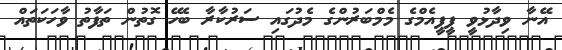
އޭނާ ވިދާޅުވީ ޕީޕީއެމްގެ މެމްބަރުންގެ މެދުގައި ސަރުކާރާ ބެހޭ ގޮތުން ތަފާތު ވާހަކަތައް